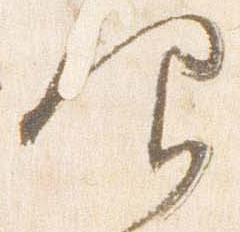
仰